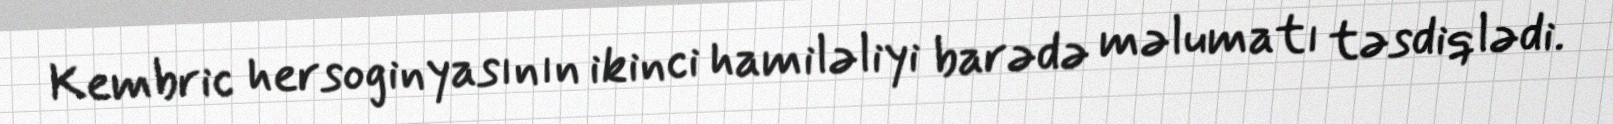
Kembric hersoginyasının ikinci hamiləliyi barədə məlumatı təsdiqlədi.